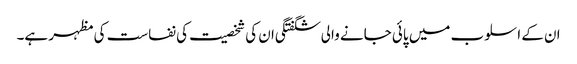
ان کے اسلوب میں پائی جانے والی شگفتگی ان کی شخصیت کی نفاست کی مظہر ہے۔